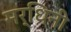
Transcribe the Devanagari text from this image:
मर्धिनी